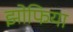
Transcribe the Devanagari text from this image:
झोफिया